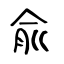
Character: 兪